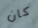
كان